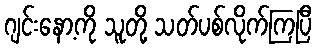
ဂျင်းနော့ကို သူတို့ သတ်ပစ်လိုက်ကြပြီ